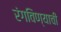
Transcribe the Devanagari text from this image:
रंगविण्याची